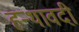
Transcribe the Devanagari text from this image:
हन्थावदी